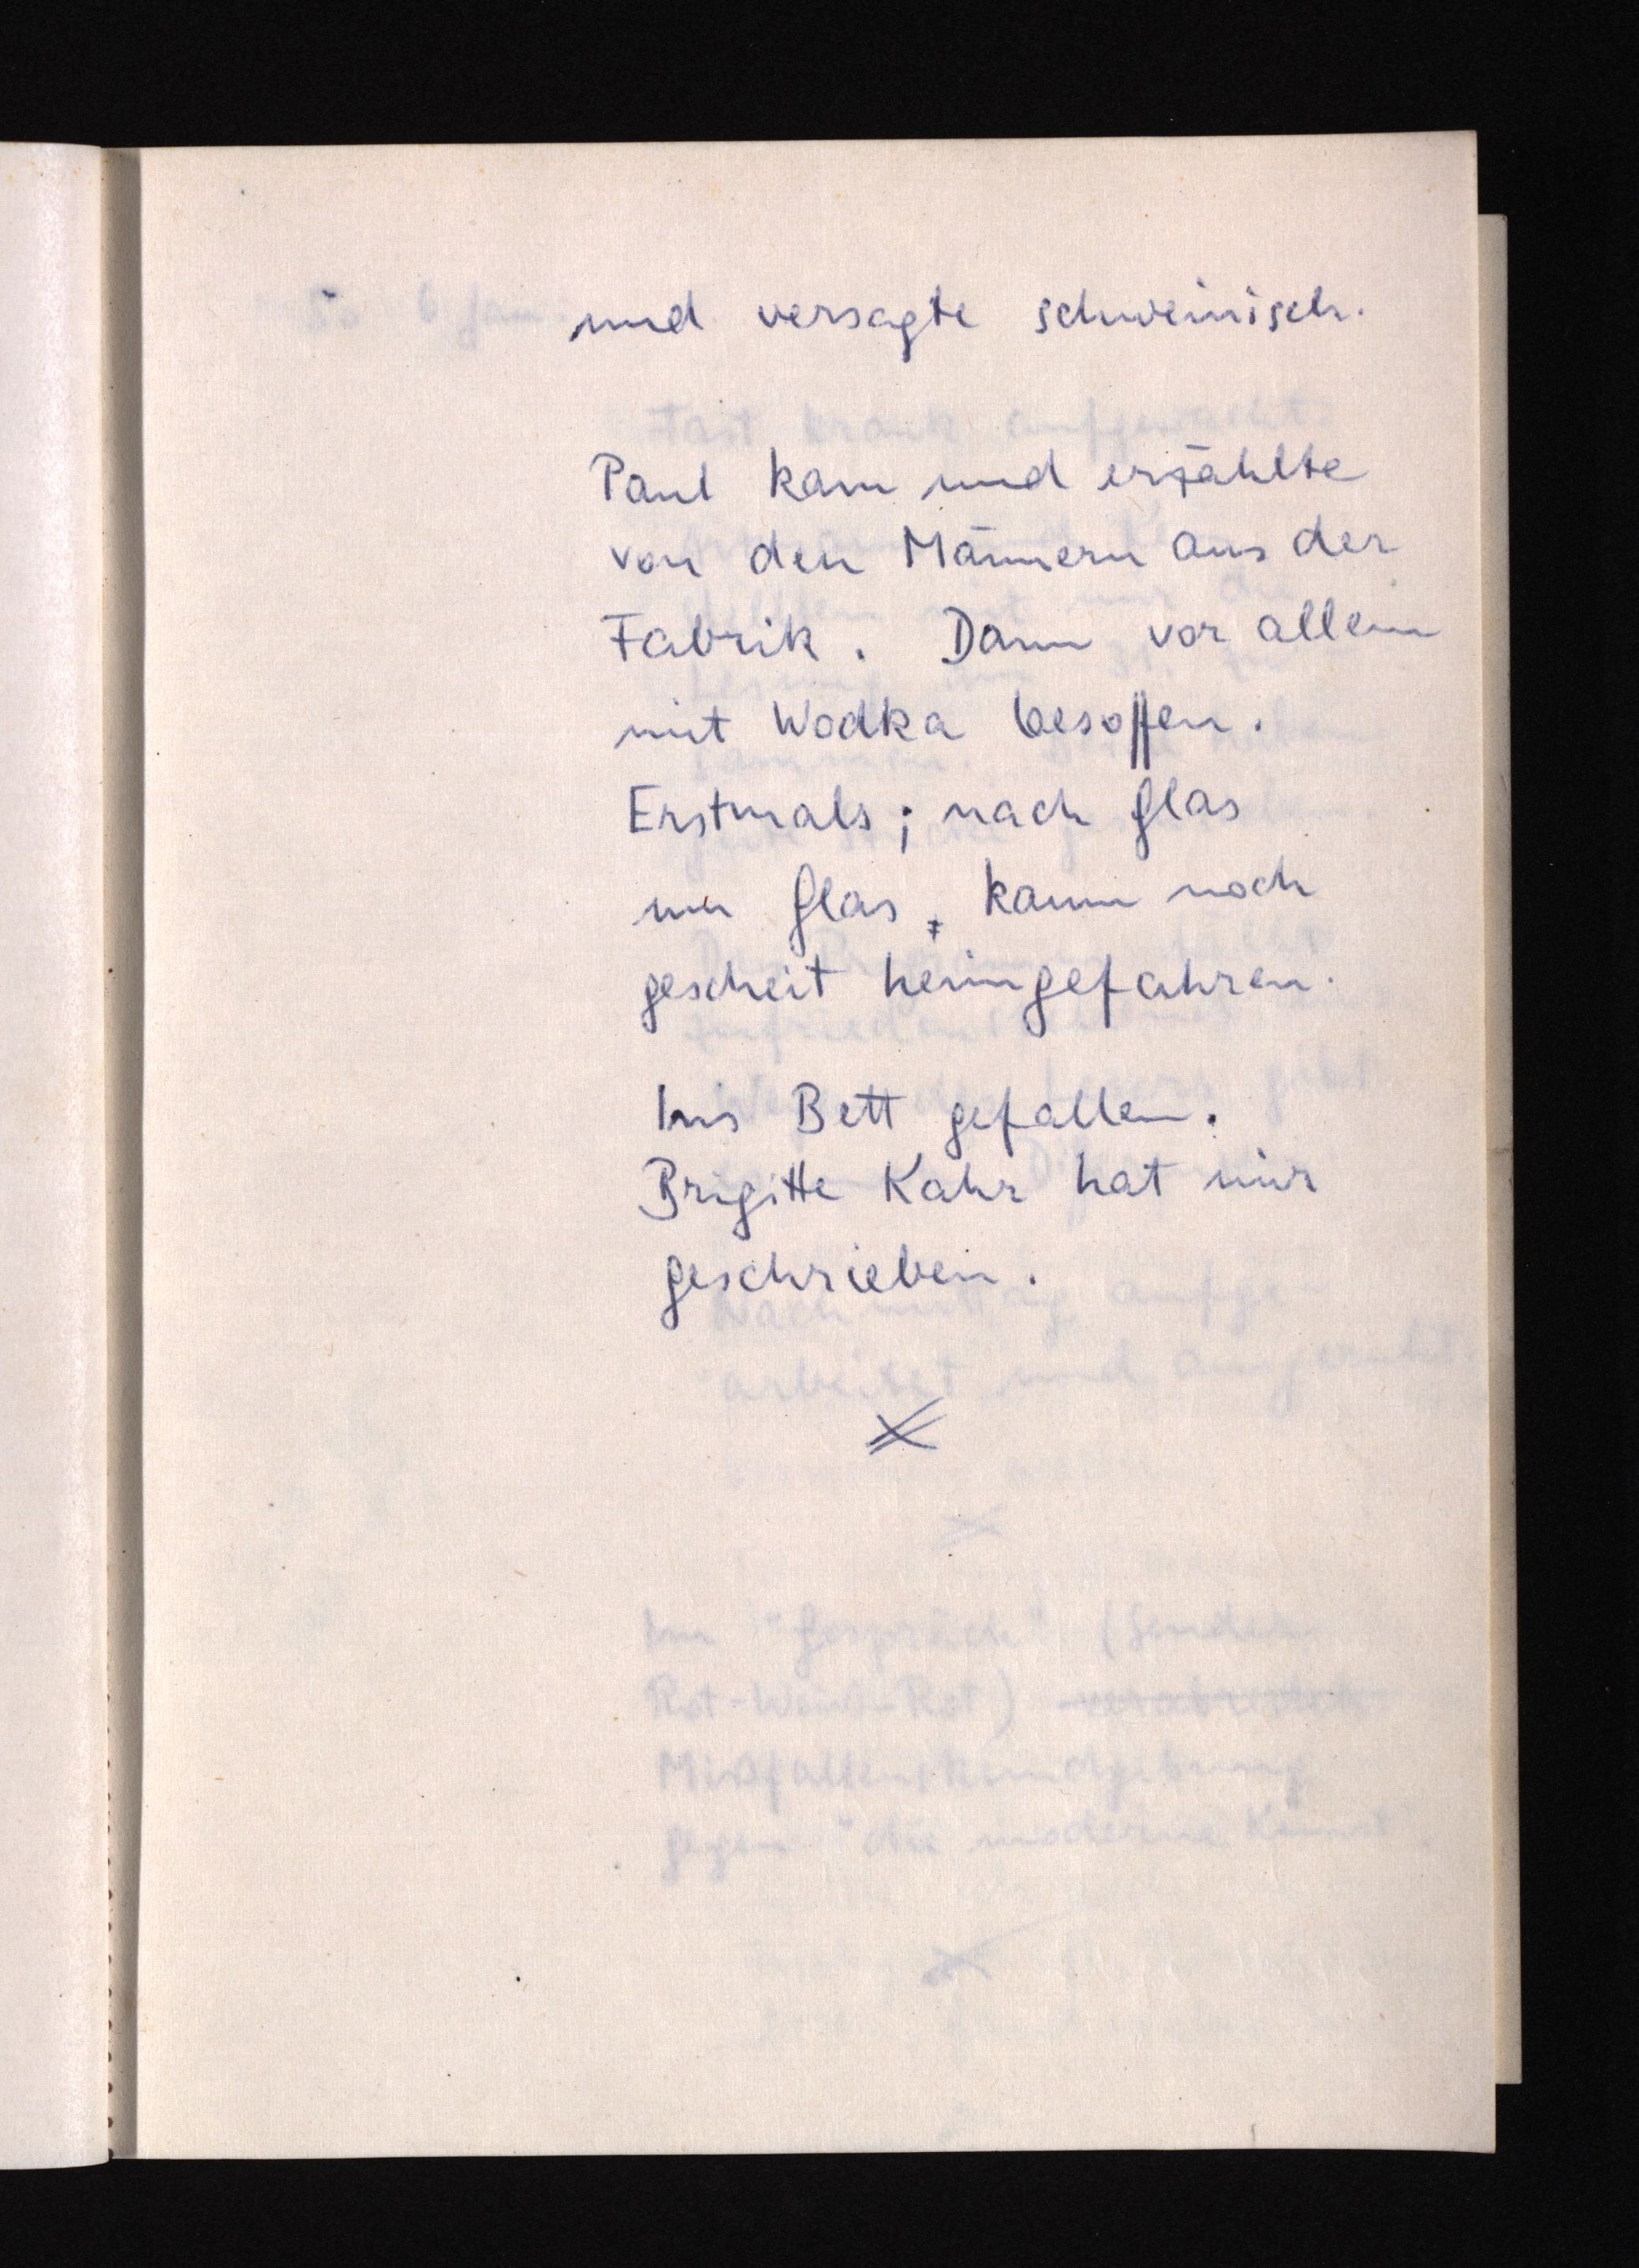
und versagte schweinisch.
Paul kam und erzählte
von den Männern aus der
Fabrik. Dann vor allem
mit Wodka besoffen.
Erstmals; nach Glas
um Glas, kaum noch
gescheit heimgefahren.
Ins Bett gefallen.
Brigitte Kahr hat mir
geschrieben.